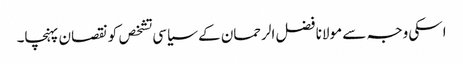
اسکی وجہ سے مولانا فضل الرحمان کے سیاسی تشخص کو نقصان پہنچا۔